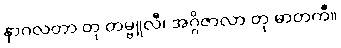
နာဂလတာ တု တမ္ဗူလီ၊ အဂ္ဂိဇာလာ တု ဓာတကီ။